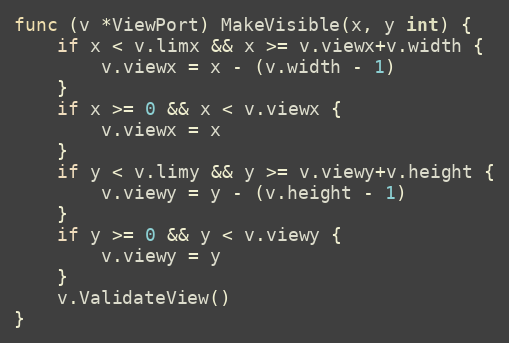
Language: Go
func (v *ViewPort) MakeVisible(x, y int) {
	if x < v.limx && x >= v.viewx+v.width {
		v.viewx = x - (v.width - 1)
	}
	if x >= 0 && x < v.viewx {
		v.viewx = x
	}
	if y < v.limy && y >= v.viewy+v.height {
		v.viewy = y - (v.height - 1)
	}
	if y >= 0 && y < v.viewy {
		v.viewy = y
	}
	v.ValidateView()
}